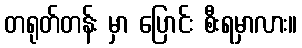
တရုတ်တန်း မှာ ပြောင်း စီးရမှာလား။